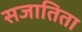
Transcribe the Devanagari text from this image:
सजातिता